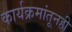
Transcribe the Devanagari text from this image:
कार्यक्रमांतूनही